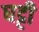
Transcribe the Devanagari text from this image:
घट्टी